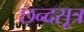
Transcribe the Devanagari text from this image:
छन्दसूत्र